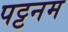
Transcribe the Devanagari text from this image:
पट्टनम